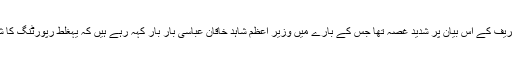
اُنہیں نواز شریف کے اُس بیان پر شدید غصہ تھا جس کے بارے میں وزیر اعظم شاہد خاقان عباسی بار بار کہہ رہے ہیں کہ یہغلط رپورٹنگ کا شاخسانہ ہے۔